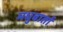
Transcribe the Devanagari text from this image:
मधुवार्ता